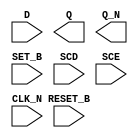
module sky130_fd_sc_ls__sdfbbn (
    //# {{data|Data Signals}}
    input  D      ,
    output Q      ,
    output Q_N    ,

    //# {{control|Control Signals}}
    input  RESET_B,
    input  SET_B  ,

    //# {{scanchain|Scan Chain}}
    input  SCD    ,
    input  SCE    ,

    //# {{clocks|Clocking}}
    input  CLK_N
);

    // Voltage supply signals
    supply1 VPWR;
    supply0 VGND;
    supply1 VPB ;
    supply0 VNB ;

endmodule